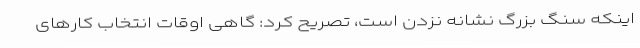
اینکه سنگ بزرگ نشانه نزدن است، تصریح کرد: گاهی اوقات انتخاب کارهای